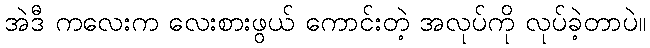
အဲဒီ ကလေးက လေးစားဖွယ် ကောင်းတဲ့ အလုပ်ကို လုပ်ခဲ့တာပဲ။